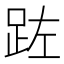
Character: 𮛏